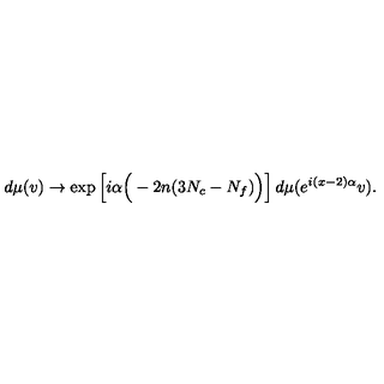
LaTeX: d \mu ( v ) \to \mathrm { e x p } \left[ i \alpha \Big ( - 2 n ( 3 N _ { c } - N _ { f } ) \Big ) \right] d \mu ( e ^ { i ( x - 2 ) \alpha } v ) .